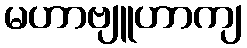
မဟာဗျူဟာကျ